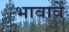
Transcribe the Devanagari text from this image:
भावावें